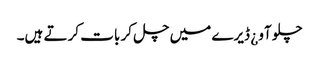
چلو آو ¿ ڈیرے میں چل کر بات کرتے ہیں۔